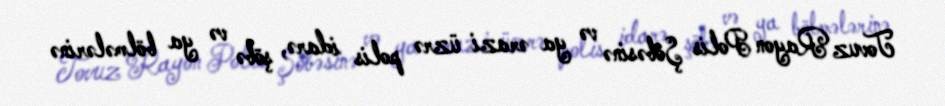
Tovuz Rayon Polis Şöbəsinə və ya ərazi üzrə polis idarə, şöbə və ya bölmələrinə